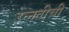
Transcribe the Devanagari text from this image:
उन्‍नतीची